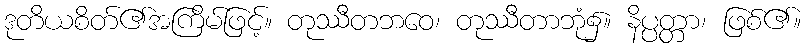
ဒုတိယစိတ်၏အကြိမ်ဖြင့်။ တုဿီတဘဝေ၊ တုဿီတာဘုံ၌။ နိပ္ပတ္တာ၊ ဖြစ်၏။